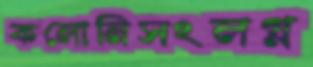
কলোনিসংলগ্ন